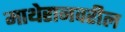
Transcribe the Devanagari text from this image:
माथेरानवरील